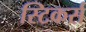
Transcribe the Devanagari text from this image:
स्टिकर्स